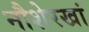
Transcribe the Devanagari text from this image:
नौशेरखां